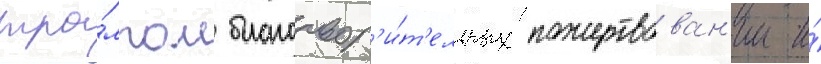
тра́мпом благотвор'и́т'ельных пожертвован'ии и́